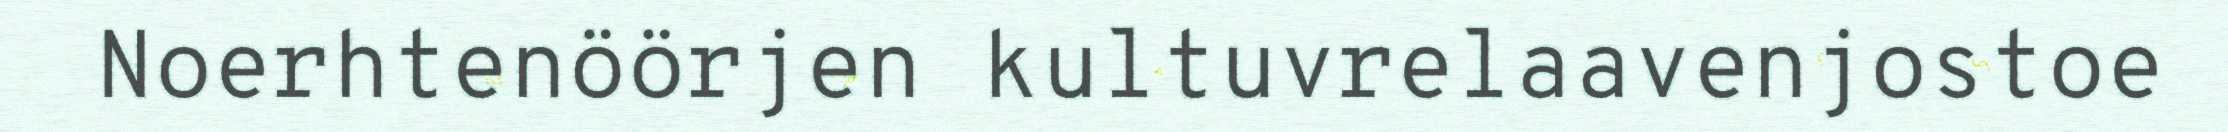
Noerhtenöörjen kultuvrelaavenjostoe